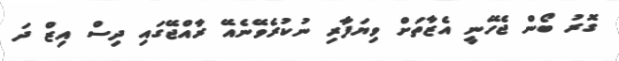
ގޮރު ބޯން ޖެހޭނީ އެޒާތަށް ވިޔަފާރި ނުކުރެވޭނެއޭ ރާއްޖޭގައި ދިސް އިޒް ދަ